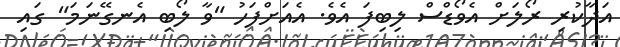
އަދާކުރި ރޯލަށް އެވޯޑްސް ލިބިފަ އެވެ. އެއަށްފަހު "ވާ ލޯބި އެނގޭނަމަ" ގައި